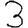
Digit: 3